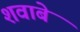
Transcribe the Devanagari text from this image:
शवाबे